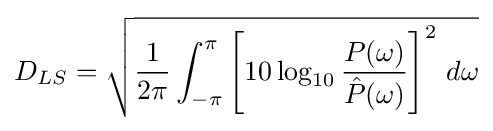
D_{LS}={\sqrt {{\frac {1}{2\pi }}\int _{-\pi }^{\pi }\left[10\log _{10}{\frac {P(\omega )}{{\hat {P}}(\omega )}}\right]^{2}\,d\omega }}